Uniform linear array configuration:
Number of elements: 48
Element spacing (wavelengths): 1
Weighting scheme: exponential
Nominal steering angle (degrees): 15
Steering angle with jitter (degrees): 16.685
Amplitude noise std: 0.05
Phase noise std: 0.05

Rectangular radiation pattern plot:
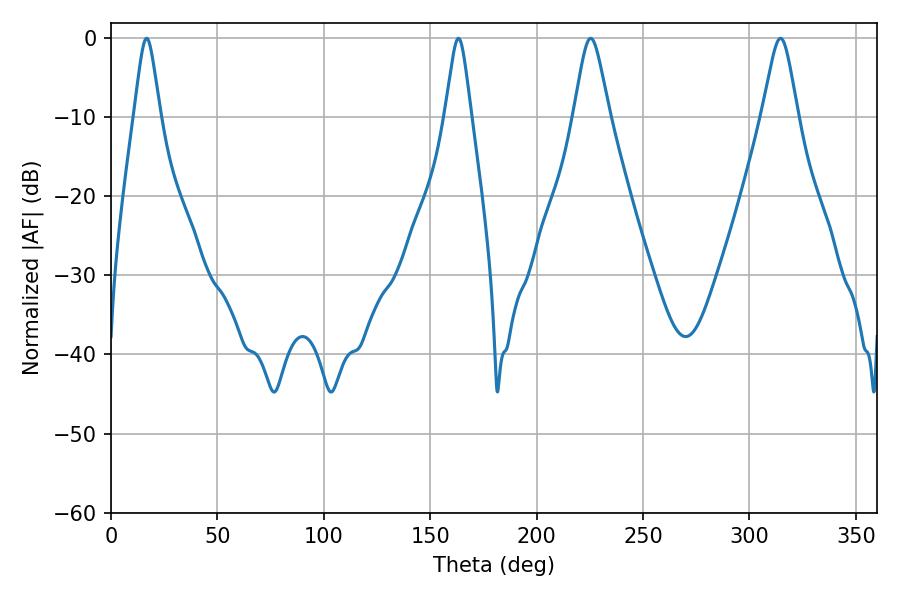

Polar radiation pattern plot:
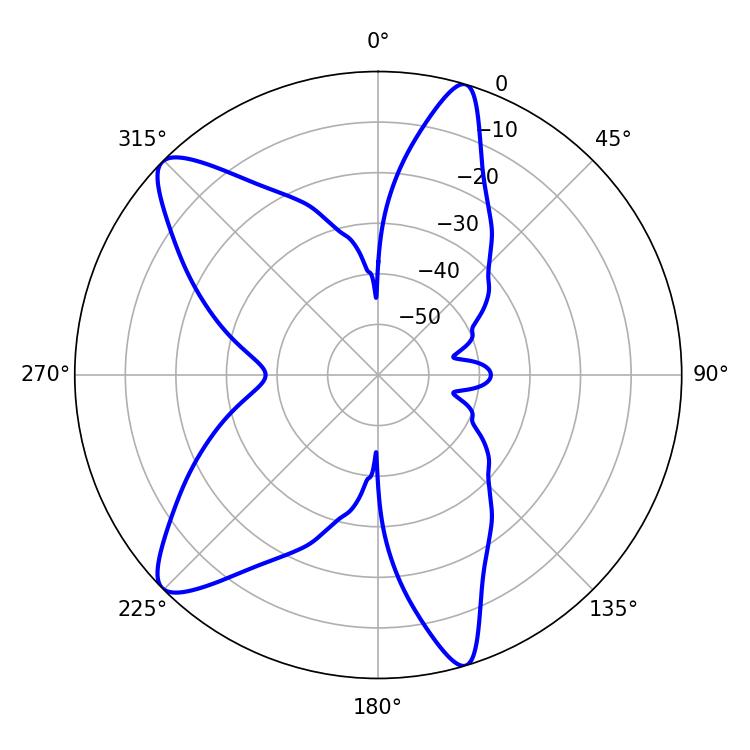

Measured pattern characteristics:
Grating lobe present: TRUE
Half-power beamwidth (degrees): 5.94
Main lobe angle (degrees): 16.74